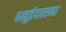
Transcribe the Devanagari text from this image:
बलूतेदाराना